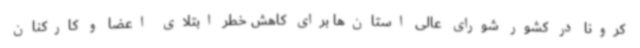
کرونا در کشور شورای عالی استان‌ها برای کاهش خطر ابتلای اعضا و کارکنان